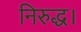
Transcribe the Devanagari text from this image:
निरुद्ध।